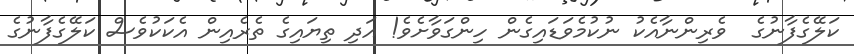
ކަލޭގެފާނުގެ  ވެރިންނާއެކު ނުކުމެވަޑައިގެން ހިންގަވާށެވެ! އަދި ތިޔައިގެ ތެރެއިން އެކަކުވެސް ކަލޭގެފާނުގެ